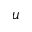
u